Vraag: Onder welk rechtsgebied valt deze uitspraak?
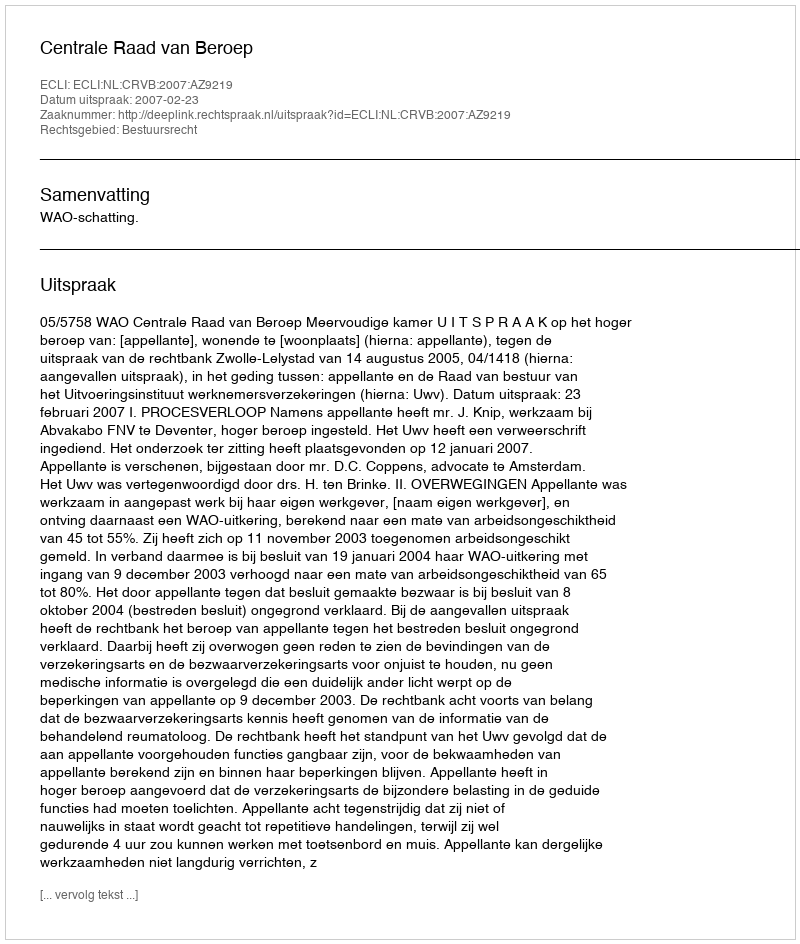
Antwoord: Bestuursrecht